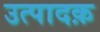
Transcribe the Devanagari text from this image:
उत्पादक़